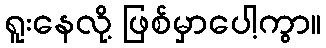
ရူးနေလို့ ဖြစ်မှာပေါ့ကွာ။